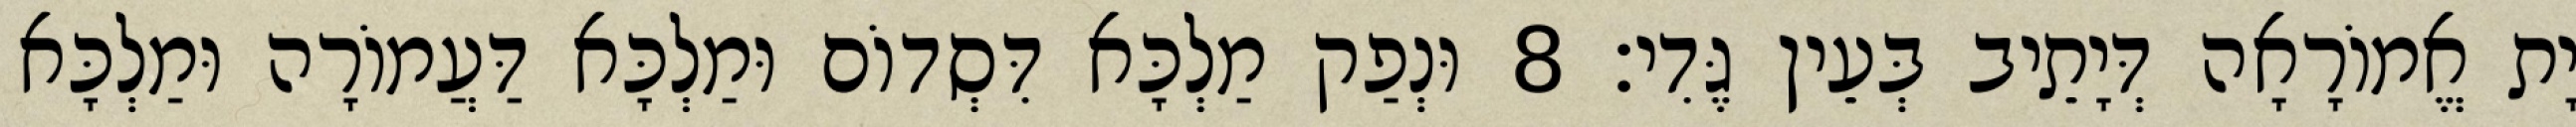
יָת אֱמוֹרָאָה דְּיָתֵיב בְּעֵין גֶּדִי׃ 8 וּנְפַק מַלְכָּא דִּסְדוֹם וּמַלְכָּא דַּעֲמוֹרָה וּמַלְכָּא